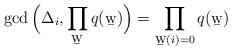
LaTeX: \begin{align*}\gcd\Big(\Delta_{i},\prod_{\b{w}}q(\b{w})\Big)=\prod_{\b{w}(i)=0}q(\b{w})\end{align*}